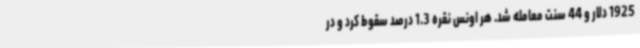
1925 دلار و 44 سنت معامله شد. هر اونس نقره 1.3 درصد سقوط کرد و در